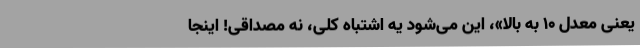
یعنی معدّل ۱۰ به بالا»، این می‌شود یه اشتباه کلّی، نه مصداقی! اینجا